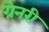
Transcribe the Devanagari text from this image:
ग्रेनरी